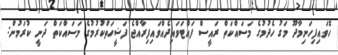
ހޮވައިފިހަނިމާދޫ މަގު ހެދުމުގެ މަސައްކަތް ރައީސް ފައްޓަވައިދެއްވައިފިރާއްޖެ ފަޟީހަތްކުރުމުގެ މަސައްކަތް ދަނީ ކުރަމުން: